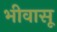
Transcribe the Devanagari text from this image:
भीवासू